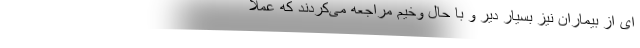
ای از بیماران نیز بسیار دیر و با حال وخیم مراجعه می‌کردند که عملا